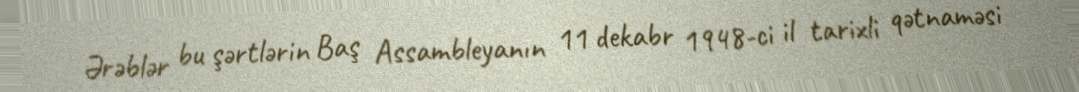
Ərəblər bu şərtlərin Baş Assambleyanın 11 dekabr 1948-ci il tarixli qətnaməsi